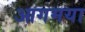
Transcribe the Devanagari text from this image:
आगमया